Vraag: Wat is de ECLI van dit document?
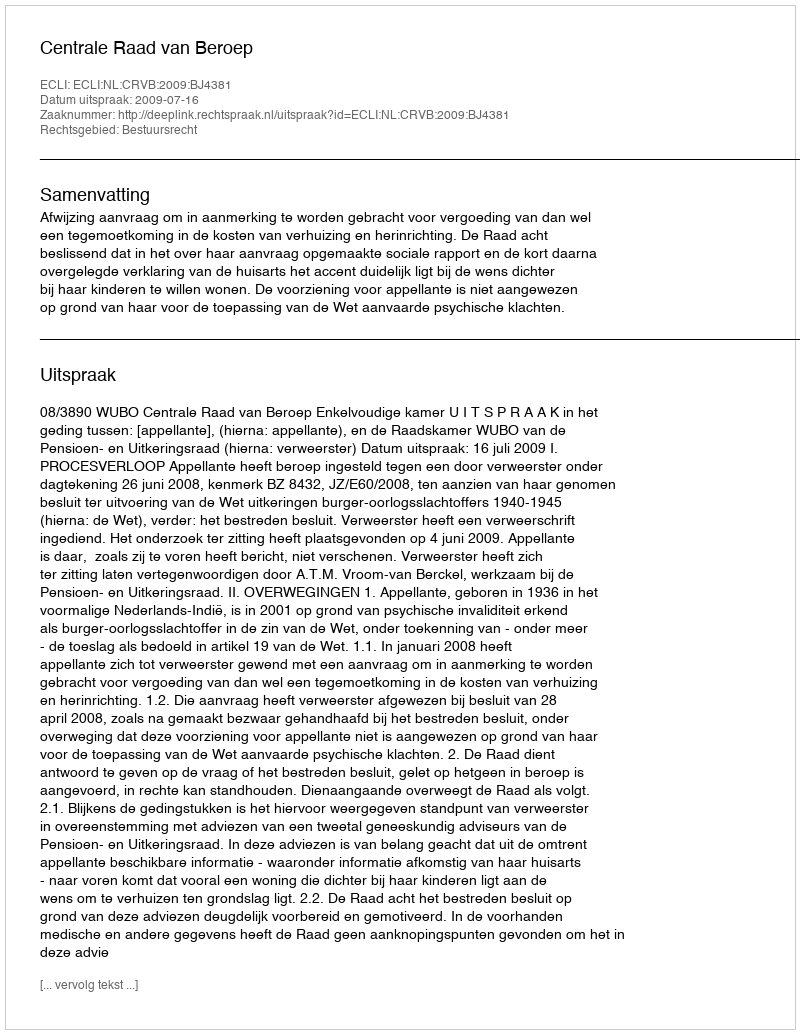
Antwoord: ECLI:NL:CRVB:2009:BJ4381